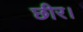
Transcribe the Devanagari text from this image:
छीर।